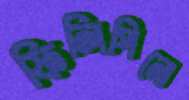
ফিলিপিনো